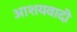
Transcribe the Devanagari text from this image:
आशयवादी